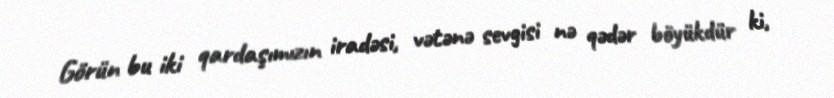
Görün bu iki qardaşımızın iradəsi, vətənə sevgisi nə qədər böyükdür ki,